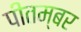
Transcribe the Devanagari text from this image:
पीतम्बर